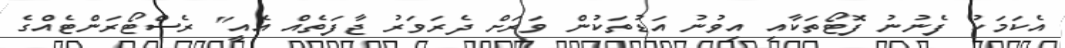
އެކަމަކު ފެނުނު ފޮޓޯތަކާއި އިވުނު އަޑުތަކުން ވަރަށް ދެރަވަރު ޖާފަތެއް އެއީ" ރެސްޓޯރަންޓެއްގެ